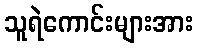
သူရဲကောင်းများအား